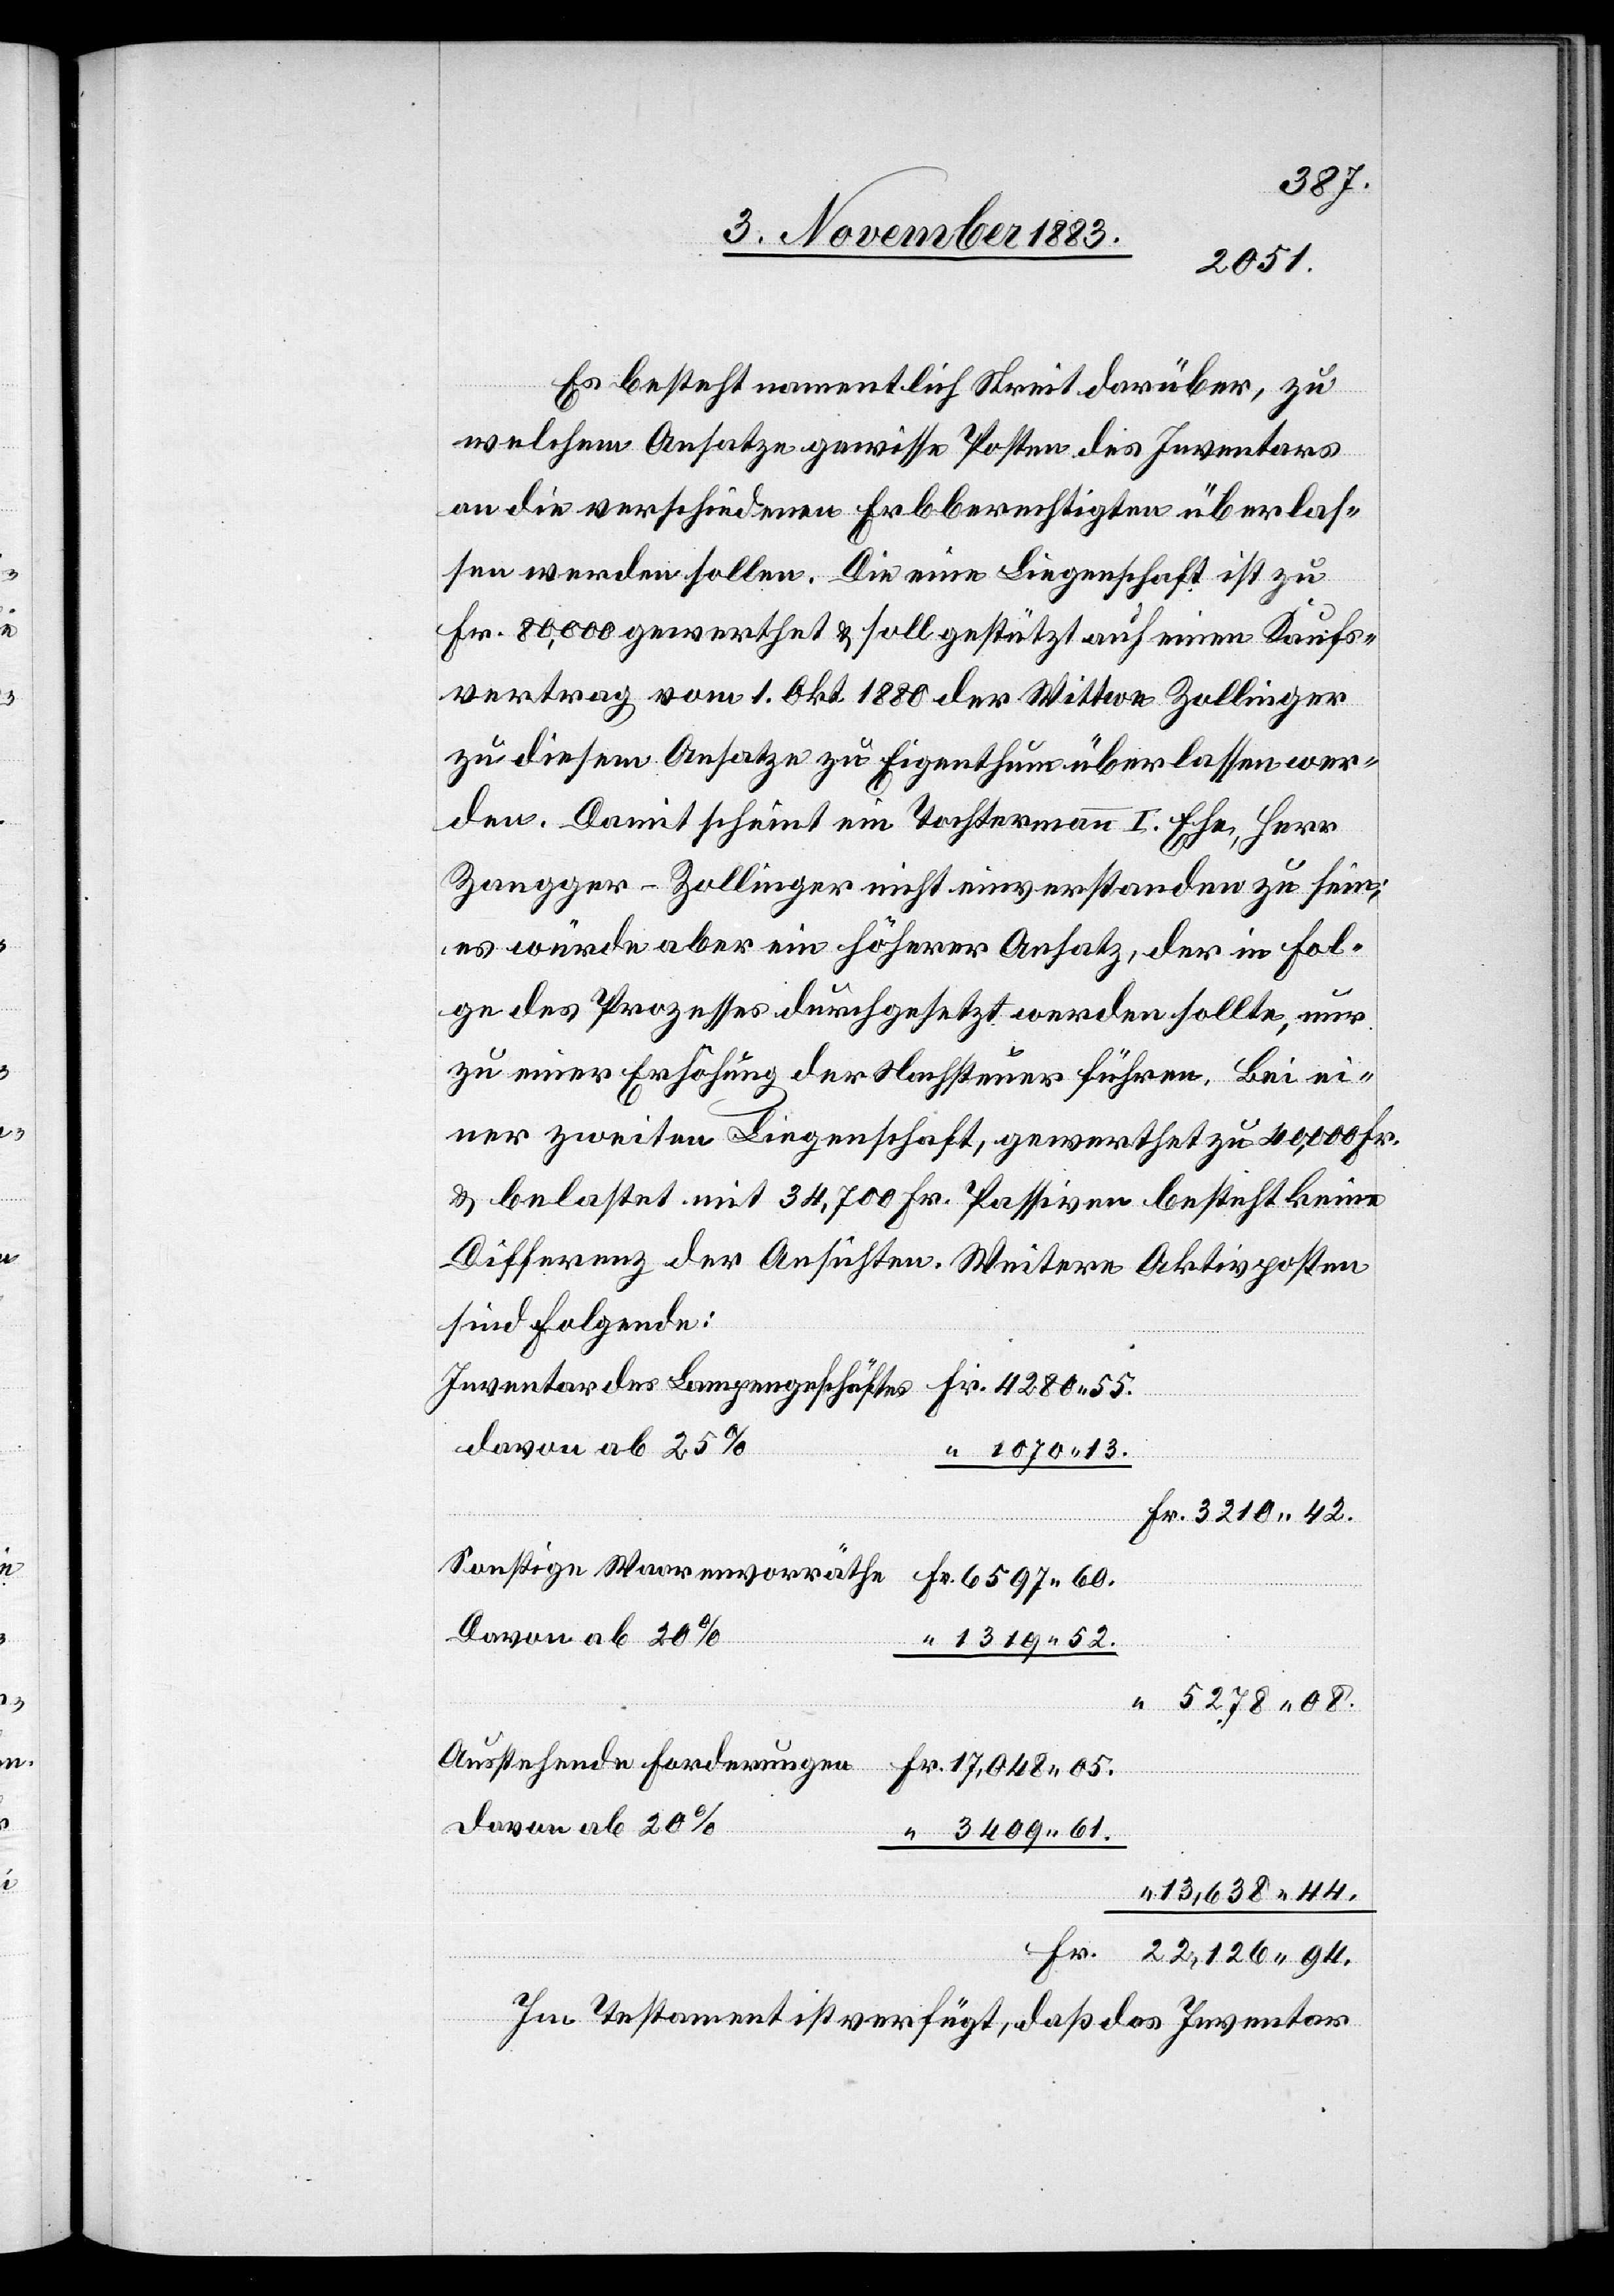
05.
Es besteht namentlich Streit darüber, zu
welchem Ansatze gewisse Posten des Inventars
an die verschiedenen Erbberechtigten überlas¬
sen werden sollen. Die eine Liegenschaft ist zu
Fr. 80,000 gewerthet & soll gestützt auf einen Kaufs¬
vertrag vom 1. Okt. 1880 der Wittwe Zollinger
zu diesem Ansatze zu Eigenthum überlassen wer¬
den. Damit scheint ein Tochtermann I. Ehe, Herr
Zangger-Zollinger nicht einverstanden zu sein;
es würde aber ein höherer Ansatz, der in Fol¬
ge des Prozesses durchgesetzt werden sollte, nur
zu einer Erhöhung der Nachsteuer führen. Bei ei¬
ner zweiten Liegenschaft, gewerthet zu 40,000 Fr.
& belastet mit 34,700 Fr. Passiven besteht keine
Differenz der Ansichten. Weitere Aktivposten
sind folgende:
Fr.
davon ab 25%
Davon ab 20%
1319 52.
5278 08.
Ausstehende Forderungen
davon ab 20%
3409 61.
13,638 44.
22,126 94.
Im Testament ist verfügt, daß das Inventar